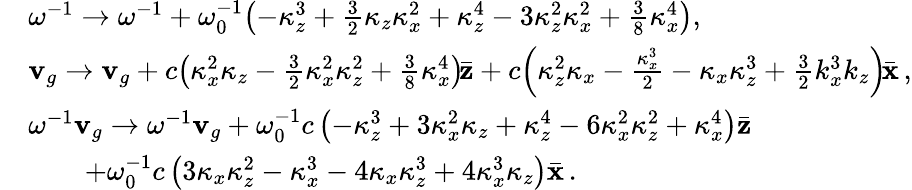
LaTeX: \begin{array}{rl}&{\omega^{-1}\to\omega^{-1}+\omega_{0}^{-1}\! \left(-\kappa_{z}^{3}+\frac{3}{2}\kappa_{z}\kappa_{x}^{2}+\kappa_{z}^{4}-3\kappa_{z}^{2}\kappa_{x}^{2}+\frac{3}{8}\kappa_{x}^{4}\right),}\\ &{{\mathbf v}_{g}\to{\mathbf v}_{g}+c\! \left(\kappa_{x}^{2}\kappa_{z}-\frac{3}{2}\kappa_{x}^{2}\kappa_{z}^{2}+\frac{3}{8}\kappa_{x}^{4}\right)\! \bar{\mathbf z}+c\! \left(\kappa_{z}^{2}\kappa_{x}-\frac{\kappa_{x}^{3}}{2}-\kappa_{x}\kappa_{z}^{3}+\frac{3}{2}k_{x}^{3}k_{z}\right)\! \bar{\mathbf x}\, ,}\\ &{\omega^{-1}{\mathbf v}_{g}\to\omega^{-1}{\mathbf v}_{g}+\omega_{0}^{-1}c\left(-\kappa_{z}^{3}+3\kappa_{x}^{2}\kappa_{z}+\kappa_{z}^{4}-6\kappa_{x}^{2}\kappa_{z}^{2}+\kappa_{x}^{4}\right)\bar{\mathbf z}}\\ &{\qquad+\omega_{0}^{-1}c\left(3\kappa_{x}\kappa_{z}^{2}-\kappa_{x}^{3}-4\kappa_{x}\kappa_{z}^{3}+4\kappa_{x}^{3}\kappa_{z}\right)\bar{\mathbf x}\, .}\end{array}